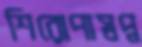
শিরোপাস্বপ্ন